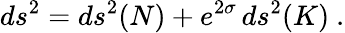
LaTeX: ds^{2}=ds^{2}(N)+e^{2\sigma}\, ds^{2}(K)~.